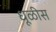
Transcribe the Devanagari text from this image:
धूळीस